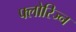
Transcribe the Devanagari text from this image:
फ्लोरिज्न